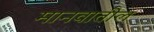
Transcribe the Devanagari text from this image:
मानवातील